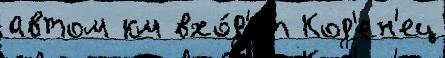
автом км вхо́д'ит Код'ен'ец